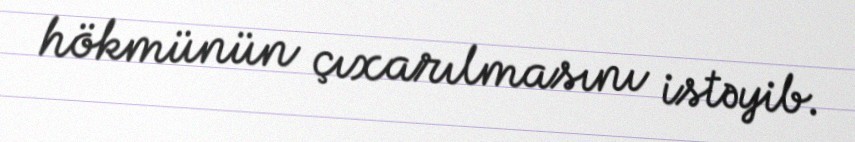
hökmünün çıxarılmasını istəyib.